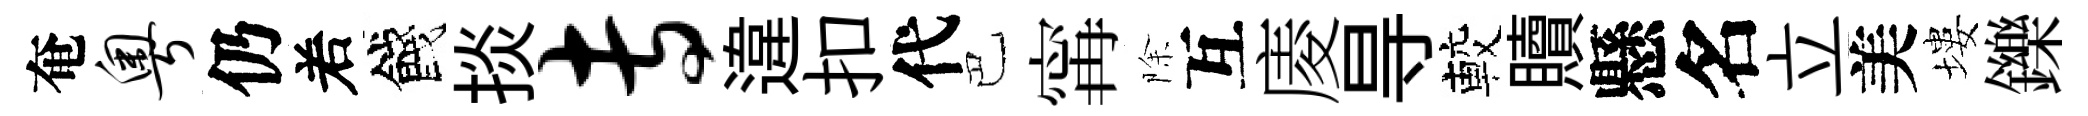
奄粤仍𠰥餞掞专違扣代巴𡩋除互庱㝵較贖懸名立美塿鑠